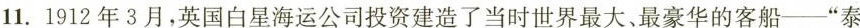
11.1912年3月，英国白星海运公司投资建造了当时世界最大、最豪华的客船--”泰